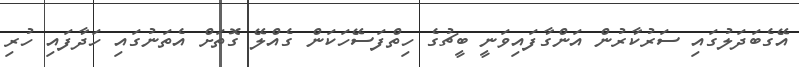
އޭގެބަދަލުގައި ސަރުކާރުން އަންގާފައިވަނީ ބީޗުގެ ހިތްފަސޭހަކަން ގެއްލޭ ގޮތަށް އެތަނުގައި ހަދާފައި ހުރި